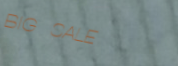
BIG SALE